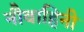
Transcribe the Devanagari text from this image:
नौवाहिनी